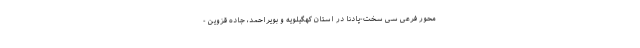
محور فرعی سی سخت-پادنا در استان کهگیلویه و بویراحمد، جاده قزوین -